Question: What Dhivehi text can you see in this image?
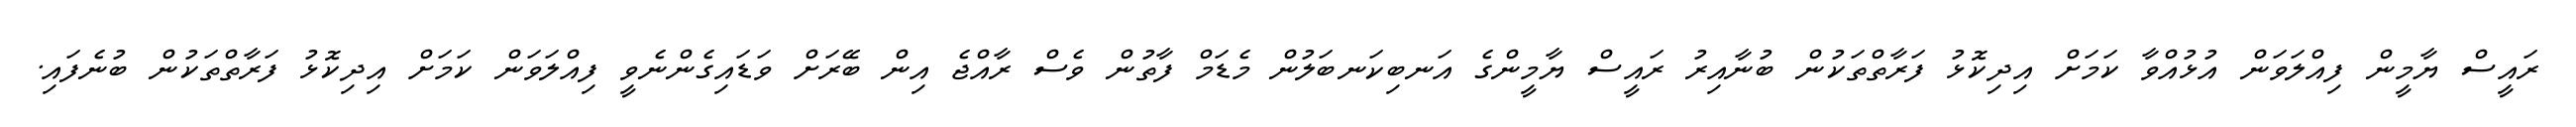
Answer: ރައީސް ޔާމީން ފިއްލަވަން އުޅުއްވާ ކަމަށް އިދިކޮޅު ފަރާތްތަކުން ބުނާއިރު ރައީސް ޔާމީންގެ އަނބިކަނބަލުން މެޑަމް ފާތުން ވެސް ރާއްޖެ އިން ބޭރަށް ވަޑައިގެންނެވީ ފިއްލަވަން ކަމަށް އިދިކޮޅު ފަރާތްތަކުން ބުނެފައި.